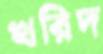
খরিদ